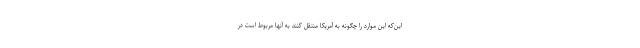
این‌که این موارد را چگونه به آمریکا منتقل کنند به آنها مربوط است در